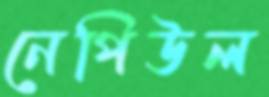
নেপিউল